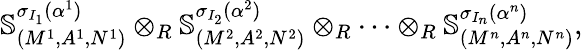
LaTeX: \mathbb{S}_{(M^{1},A^{1},N^{1})}^{\sigma_{I_{1}}(\alpha^{1})}\otimes_{R}\mathbb{S}_{(M^{2},A^{2},N^{2})}^{\sigma_{I_{2}}(\alpha^{2})}\otimes_{R}\cdots\otimes_{R}\mathbb{S}_{(M^{n},A^{n},N^{n})}^{\sigma_{I_{n}}(\alpha^{n})},